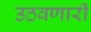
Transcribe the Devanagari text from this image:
उठवणारी